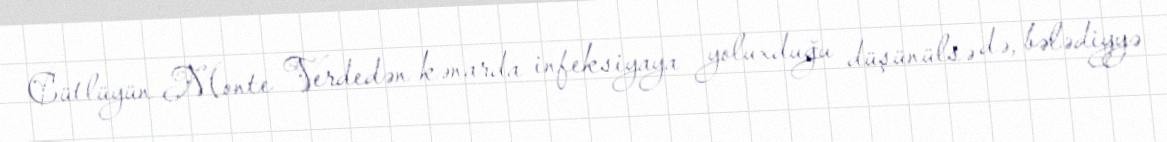
Cütlüyün Monte Verdedən kənarda infeksiyaya yoluxduğu düşünülsə də, bələdiyyə